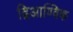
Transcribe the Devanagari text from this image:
द्विआण्विक